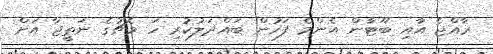
ރާއްޖެ އާއި ބޫޓާން އެންމެ ފަހުން ބައްދަލުކުރި ހަ މެޗުގެ ނަތީޖާ އަށް